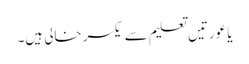
یا عورتیں تعلیم سے یکسر خالی ہیں۔